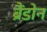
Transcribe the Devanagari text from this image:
ब्रैंडोन